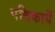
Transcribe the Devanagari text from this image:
पत्रिकायॆं